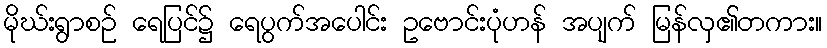
မိုဃ်းရွာစဉ် ရေပြင်၌ ရေပွက်အပေါင်း ဥဗောင်းပုံဟန် အပျက် မြန်လှ၏တကား။